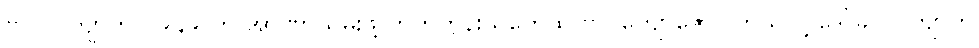
ဗိုလ်လက်ျာကို ၁၉၄၉ က အာဏာသိမ်းဖို့ တိုက်တွန်းသူတွေထဲ ဗိုလ်ကျော်ဇောပါတယ်လို့ ဒေါ်ခင်လက်ျာက